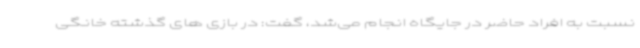
نسبت به افراد حاضر در جایگاه انجام می‌شد، گفت: در بازی های گذشته خانگی